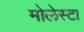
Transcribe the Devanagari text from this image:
मोलेस्टा